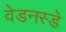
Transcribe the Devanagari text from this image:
वेडनस्डे